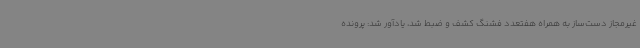
غیرمجاز دست‌ساز به همراه هفتعدد فشنگ کشف و ضبط شد، یادآور شد: پرونده